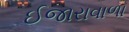
ઈજારાવાળા